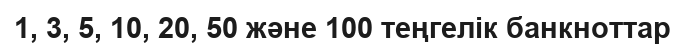
1, 3, 5, 10, 20, 50 және 100 теңгелік банкноттар